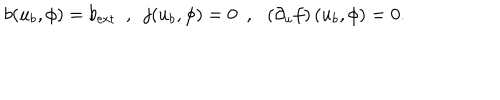
LaTeX: b ( u _ { b } , \phi ) = b _ { \mathrm { e x t } } \ \ , \ \ j ( u _ { b } , \phi ) = 0 \ \ , \ \ \left( \partial _ { u } f \right) ( u _ { b } , \phi ) = 0 .